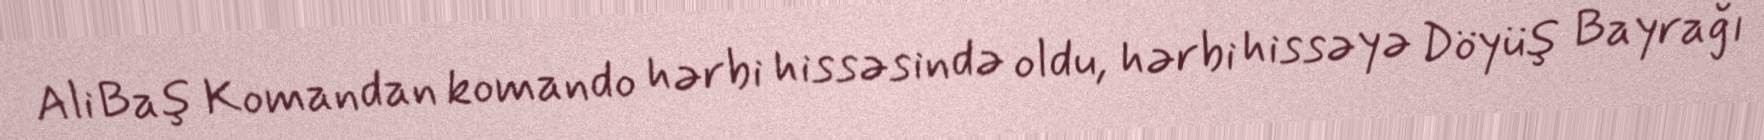
Ali Baş Komandan komando hərbi hissəsində oldu, hərbi hissəyə Döyüş Bayrağı